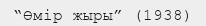
“Өмір жыры” (1938)